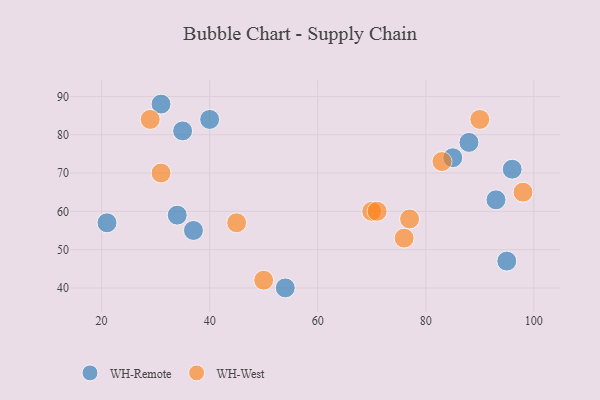
{"axis": {"x": "GDP", "y": "Life Expectancy"}, "legend": ["WH-Remote", "WH-West"], "data": [{"x": "96", "y": 71, "type": "WH-Remote"}, {"x": "85", "y": 74, "type": "WH-Remote"}, {"x": "37", "y": 55, "type": "WH-Remote"}, {"x": "40", "y": 84, "type": "WH-Remote"}, {"x": "35", "y": 81, "type": "WH-Remote"}, {"x": "34", "y": 59, "type": "WH-Remote"}, {"x": "88", "y": 78, "type": "WH-Remote"}, {"x": "54", "y": 40, "type": "WH-Remote"}, {"x": "95", "y": 47, "type": "WH-Remote"}, {"x": "93", "y": 63, "type": "WH-Remote"}, {"x": "31", "y": 88, "type": "WH-Remote"}, {"x": "21", "y": 57, "type": "WH-Remote"}, {"x": "76", "y": 53, "type": "WH-West"}, {"x": "90", "y": 84, "type": "WH-West"}, {"x": "31", "y": 70, "type": "WH-West"}, {"x": "98", "y": 65, "type": "WH-West"}, {"x": "77", "y": 58, "type": "WH-West"}, {"x": "50", "y": 42, "type": "WH-West"}, {"x": "29", "y": 84, "type": "WH-West"}, {"x": "83", "y": 73, "type": "WH-West"}, {"x": "70", "y": 60, "type": "WH-West"}, {"x": "45", "y": 57, "type": "WH-West"}, {"x": "71", "y": 60, "type": "WH-West"}]}